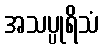
အသပ္ပုရိသံ